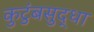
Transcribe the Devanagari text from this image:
कुटुंबसुद्धा